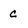
Character: c